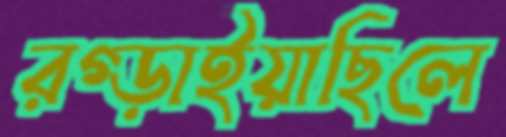
রগ্‌ড়াইয়াছিলে